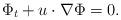
LaTeX: \begin{align*}\Phi_{t}+u\cdot \nabla \Phi=0.\end{align*}